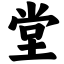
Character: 堂